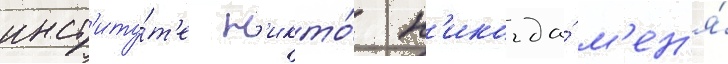
инст'иту́т'е н'икто́ н'икогда́ м'ен'я́